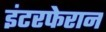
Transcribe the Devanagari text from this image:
इंटरफेरान